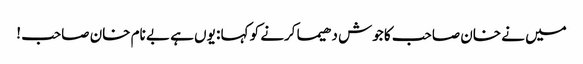
میں نے خان صاحب کا جوش دھیما کرنے کو کہا : یوں ہے بے نام خان صاحب !